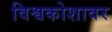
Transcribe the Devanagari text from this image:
विश्वकोशावर